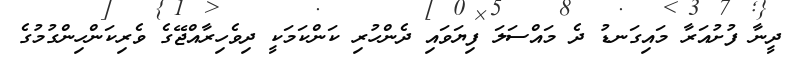
ދީނާ ފުށުއަރާ މައިގަނޑު ދެ މައްސަލަ ފިޔަވައި ދެންހުރި ކަންކަމަކީ ދިވެހިރާއްޖޭގެ ވެރިކަންހިންގުމުގެ